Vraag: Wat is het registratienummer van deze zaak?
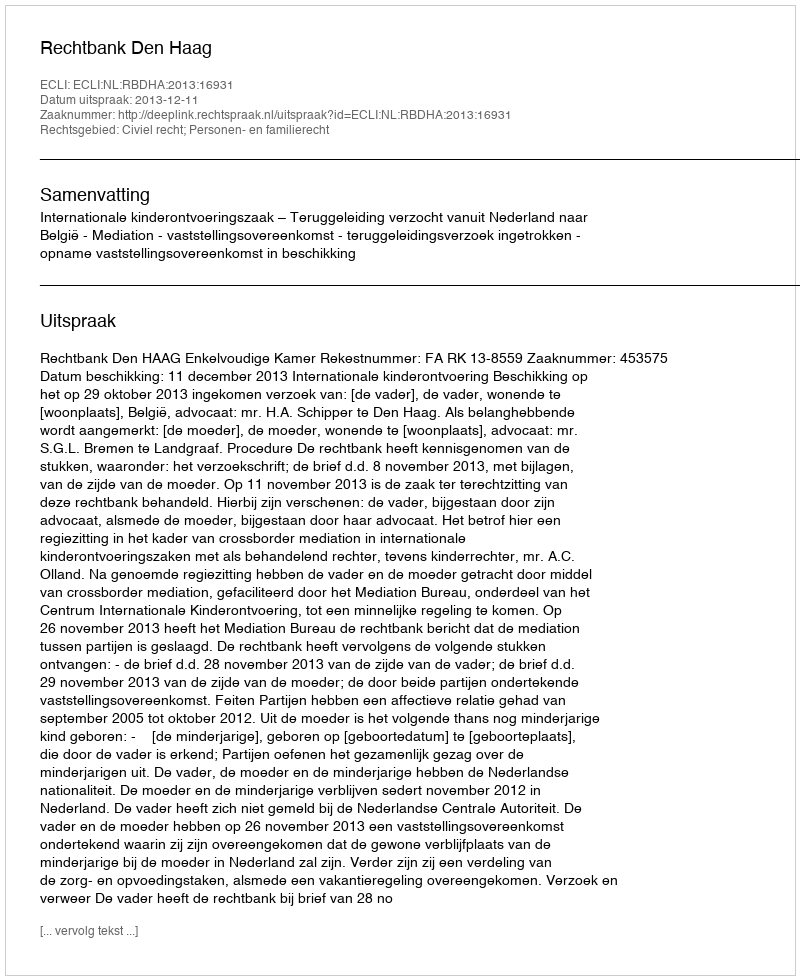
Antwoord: http://deeplink.rechtspraak.nl/uitspraak?id=ECLI:NL:RBDHA:2013:16931